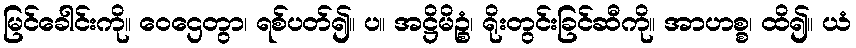
မြင်ခေါင်းကို။ ဝေဌေတွာ၊ ရစ်ပတ်၍။ ပ။ အဋ္ဌိမိဉ္စံ၊ ရိုးတွင်းခြင်ဆီကို။ အာဟစ္စ၊ ထိ၍။ ယံ